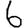
Digit: 6